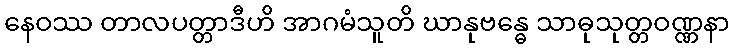
နေဝဿ တာလပတ္တာဒီဟိ အာဂမံသူတိ ဃာနုဗန္ဓေ သာဓုသုတ္တဝဏ္ဏနာ